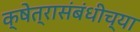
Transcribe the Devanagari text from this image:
क्षेत्रासंबंधीच्या